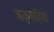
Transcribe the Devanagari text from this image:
ऋक्‌संहिता